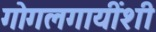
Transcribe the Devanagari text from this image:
गोगलगायींशी